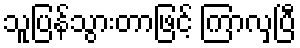
သူပြန်သွားတာဖြင့် ကြာလှပြီ